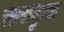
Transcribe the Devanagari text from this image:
खाराकुल